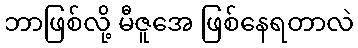
ဘာဖြစ်လို့ မီဇူအေ ဖြစ်နေရတာလဲ